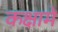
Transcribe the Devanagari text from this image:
कक्षामे